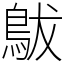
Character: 䳁